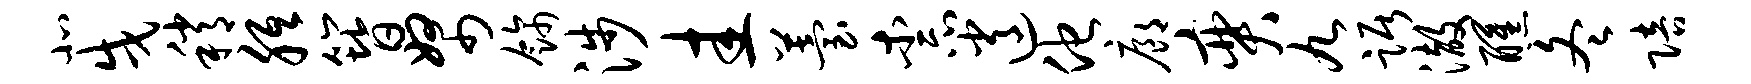
北戌稍胝簪帑饰涉圭苔柰逍他廊奕九踞澈醺冬陪